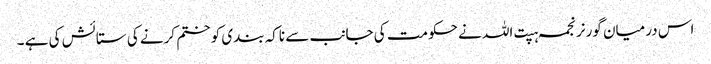
اس درمیان گورنر نجمہ ہپت اللہ نے حکومت کی جانب سے ناکہ بندی کو ختم کرنے کی ستائش کی ہے ۔